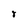
Character: 8